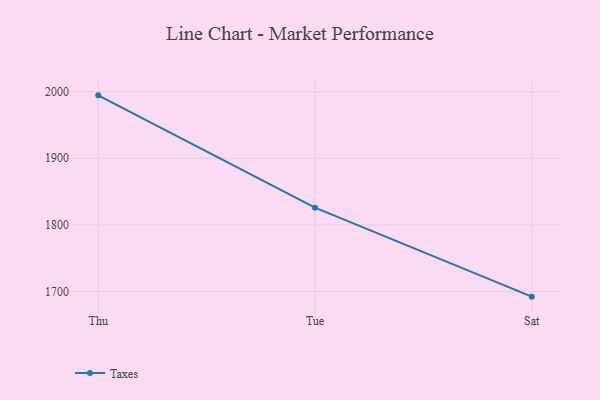
{"axis": {"x": "Day", "y": "Shipments"}, "legend": ["Taxes"], "data": [{"x": "Thu", "y": 1994.4, "type": "Taxes"}, {"x": "Tue", "y": 1825.9, "type": "Taxes"}, {"x": "Sat", "y": 1692.3, "type": "Taxes"}]}